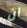
أن